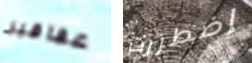
عقاقير إضطررت